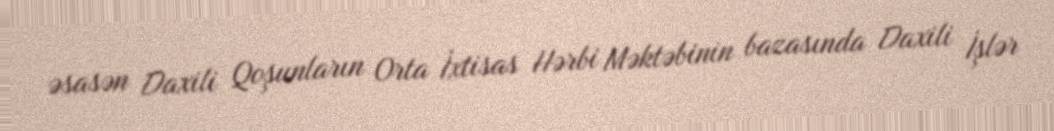
əsasən Daxili Qoşunların Orta İxtisas Hərbi Məktəbinin bazasında Daxili İşlər